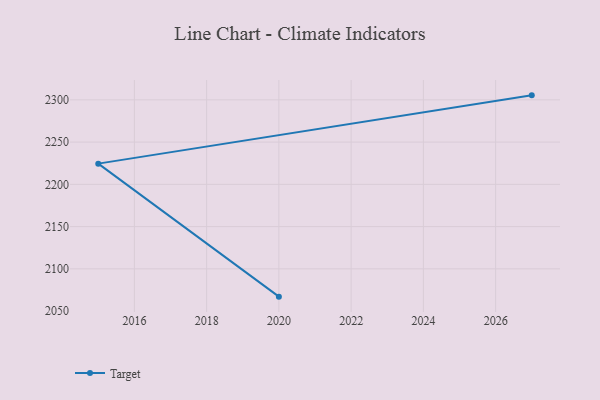
{"axis": {"x": "Year", "y": "LTV (USD)"}, "legend": ["Target"], "data": [{"x": "2020", "y": 2067.1, "type": "Target"}, {"x": "2015", "y": 2224.5, "type": "Target"}, {"x": "2027", "y": 2305.3, "type": "Target"}]}